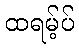
ထရမ့်ပ်